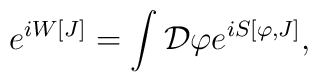
e^{iW[J]}=\int {\cal D} \varphi e^{iS[\varphi,J]},